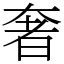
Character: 奢